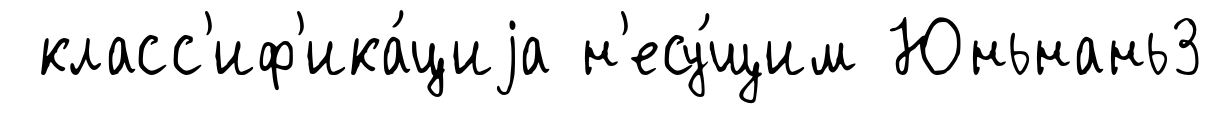
класс'иф'ика́циjа н'есу́щим Юньнань3